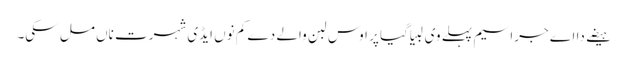
ہیضے دا اے جراسیم پہلے وی لبیا گیا پر اوس لبن والے دے کم نوں ایڈی شہرت ناں مل سکی۔